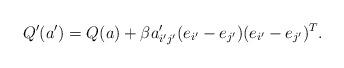
LaTeX: \begin{align*}Q'(a')=Q(a)+\beta a_{i'j'}'(e_{i'}-e_{j'})(e_{i'}-e_{j'})^{T}.\end{align*}